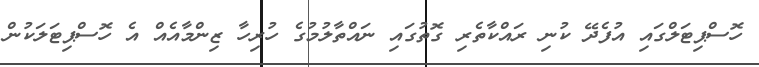
ހޮސްޕިޓަލްގައި އުފެދޭ ކުނި ރައްކާތެރި ގޮތުގައި ނައްތާލުމުގެ ހުރިހާ ޒިންމާއެއް އެ ހޮސްޕިޓަލަކުން